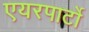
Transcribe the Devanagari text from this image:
एयरपार्टो